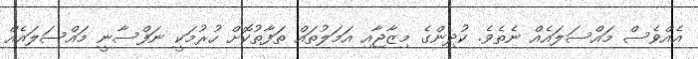
އެއްވެސް މައްސަލައެއް ނެތެވެ. ކުދިންގެ މިޒާޖާއި އަމަލުތައް ތަފާތުކޮށް ހުރުމަކީ ނަފްސާނީ މައްސަލައެއް